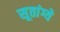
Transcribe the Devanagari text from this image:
सूतांग्ये